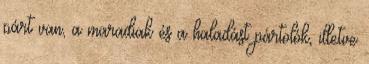
párt van, a maradiak és a haladást pártolók, illetve